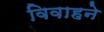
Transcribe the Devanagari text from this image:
विवाहने